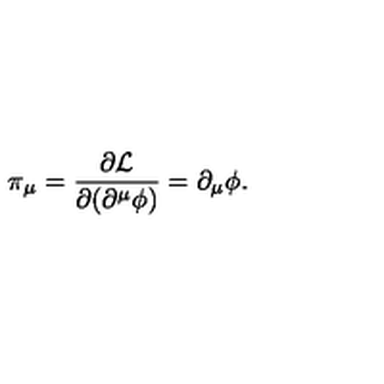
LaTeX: \pi _ { \mu } = \frac { \partial { \cal L } } { \partial ( \partial ^ { \mu } \phi ) } = \partial _ { \mu } \phi .